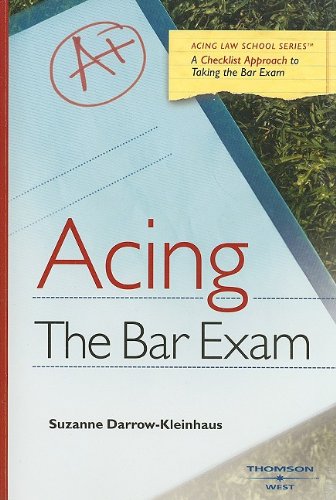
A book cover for Acing the Bar Exam (Acing Series); Suzanne Darrow-Kleinhaus; Test Preparation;